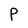
Character: P